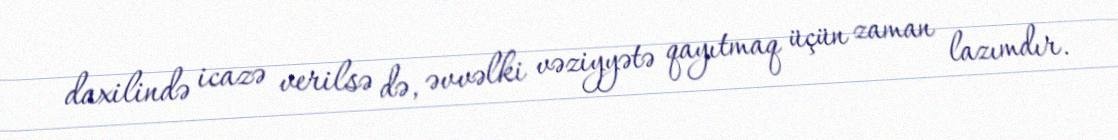
daxilində icazə verilsə də, əvvəlki vəziyyətə qayıtmaq üçün zaman lazımdır.